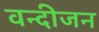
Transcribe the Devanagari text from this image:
वन्दीजन